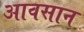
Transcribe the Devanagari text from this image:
आवसान